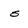
Character: s